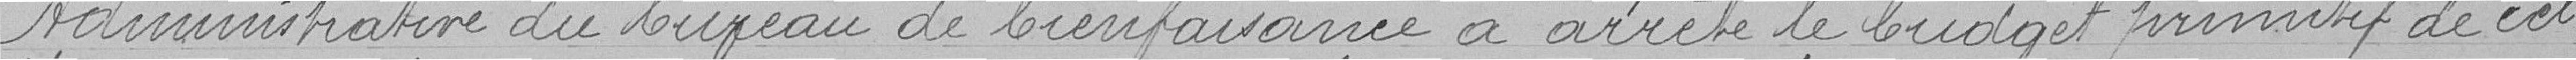
Administrative du bureau de bienfaisance a arrêté le budget primitif de cet